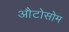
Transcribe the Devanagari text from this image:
औटोसोम